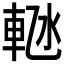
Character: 𬧴